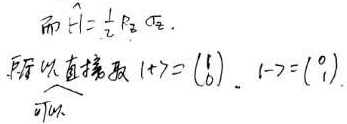
而\(\hat{l}=\frac{1}{2}P_{Z}\text{ 低。}\)
所以直接取 \( | + \rangle=\begin{pmatrix} 0 \\ 1 \end{pmatrix},| - \rangle=\begin{pmatrix} 1 \\ 0 \end{pmatrix}\)。
可以